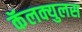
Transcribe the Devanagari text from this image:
कॅलक्युलस